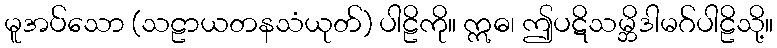
မူအပ်သော (သဠာယတနသံယုတ်) ပါဠိကို။ ဣဓ၊ ဤပဋိသမ္ဘိဒါမဂ်ပါဠိသို့။